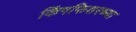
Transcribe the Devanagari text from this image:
किंगफिशरच्या